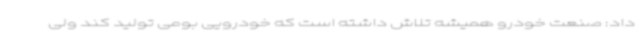
داد: صنعت خودرو همیشه تلاش داشته است که خودرویی بومی تولید کند ولی